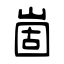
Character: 崮